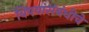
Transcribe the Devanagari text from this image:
विषयांसंबंधीचे